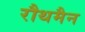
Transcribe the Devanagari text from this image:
रौथमैन